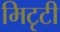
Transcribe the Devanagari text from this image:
मिटृटी